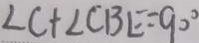
\angle C + \angle C B E = 9 0 ^ { \circ }